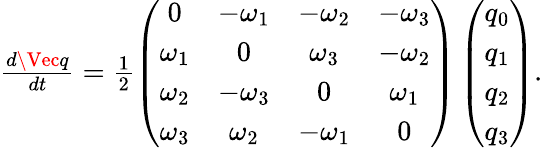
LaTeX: \begin{array}{r}{\frac{d\Vec{q}}{dt}=\frac{1}{2}\left(\begin{array}{cccc}{0}&{-\omega_{1}}&{-\omega_{2}}&{-\omega_{3}}\\ {\omega_{1}}&{0}&{\omega_{3}}&{-\omega_{2}}\\ {\omega_{2}}&{-\omega_{3}}&{0}&{\omega_{1}}\\ {\omega_{3}}&{\omega_{2}}&{-\omega_{1}}&{0}\end{array}\right)\left(\begin{array}{cccc}{q_{0}}\\ {q_{1}}\\ {q_{2}}\\ {q_{3}}\end{array}\right).}\end{array}